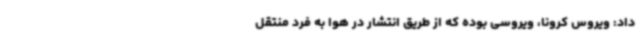
داد: ویروس کرونا، ویروسی بوده که از طریق انتشار در هوا به فرد منتقل